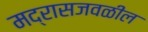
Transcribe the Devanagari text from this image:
मद्रासजवळील